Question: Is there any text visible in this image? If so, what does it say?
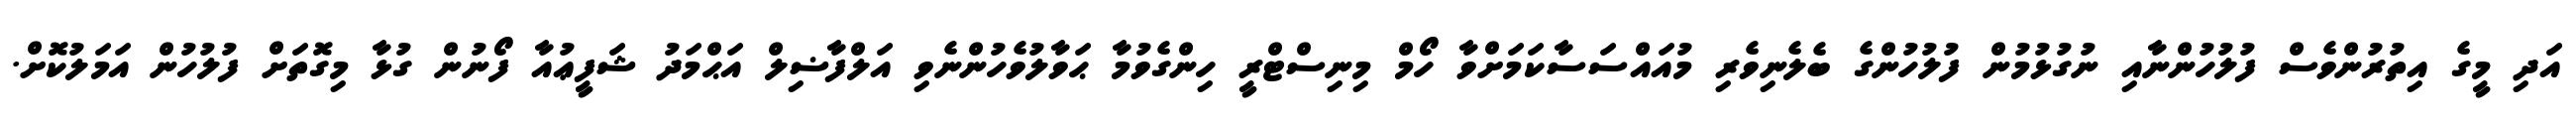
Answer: އަދި މީގެ އިތުރުންވެސް ފުލުހުންނާއި ނުގުޅުމުން ފުލުހުންގެ ބެލެނިވެރި މުއައްސަސާކަމަށްވާ ހޯމް މިނިސްޓްރީ ހިންގެވުމާ ޙަވާލުވެހުންނެވި އަލްފާޟިލް އަޙްމަދު ޝަފީޢުއާ ފޯނުން ގުޅާ މިގޮތަށް ފުލުހުން އަމަލުކޮށް.